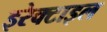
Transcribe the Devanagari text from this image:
इरेक्टाइल